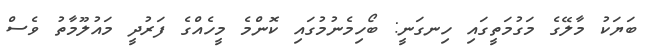
ބަޔަކު މާލޭގެ މަގުމަތީގައި ހިނގަނީ: ބޯހިމެނުމުގައި ކޮންމެ މީހެއްގެ ފަރުދީ މައުލޫމާތު ވެސް